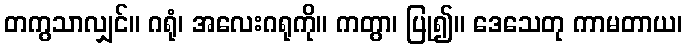
တကွသာလျှင်။ ဂရုံ၊ အလေးဂရုကို။ ကတွာ၊ ပြု၍။ ဒေသေတု ကာမတာယ၊